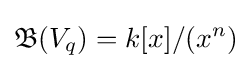
{\mathfrak {B}}(V_{q})=k[x]/(x^{n})